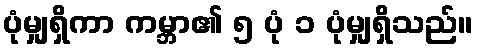
ပုံမျှရှိကာ ကမ္ဘာ၏ ၅ ပုံ ၁ ပုံမျှရှိသည်။